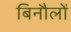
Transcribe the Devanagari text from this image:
बिनौलों